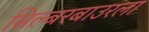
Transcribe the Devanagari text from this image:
सिल्बरबाउरला